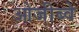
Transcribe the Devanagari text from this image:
ओजीब्वे